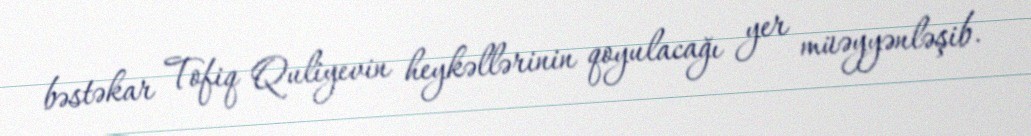
bəstəkar Tofiq Quliyevin heykəllərinin qoyulacağı yer müəyyənləşib.